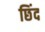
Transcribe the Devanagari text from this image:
छिंद